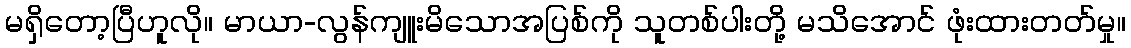
မရှိတော့ပြီဟူလို။ မာယာ-လွန်ကျူးမိသောအပြစ်ကို သူတစ်ပါးတို့ မသိအောင် ဖုံးထားတတ်မှု။